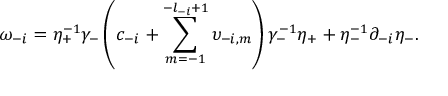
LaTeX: \omega _ { - i } = \eta _ { + } ^ { - 1 } \gamma _ { - } \left( c _ { - i } + \sum _ { m = - 1 } ^ { - l _ { - i } + 1 } \upsilon _ { - i , m } \right) \gamma _ { - } ^ { - 1 } \eta _ { + } + \eta _ { - } ^ { - 1 } \partial _ { - i } \eta _ { - } .